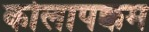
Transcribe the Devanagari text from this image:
कोलापक्कम